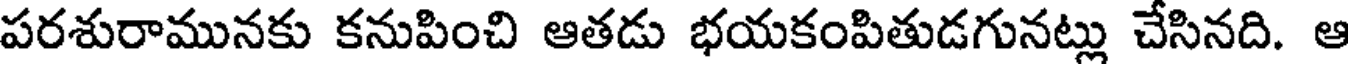
పరశురామునకు కనుపించి ఆతడు భయకంపితుడగునట్లు చేసినది. ఆ